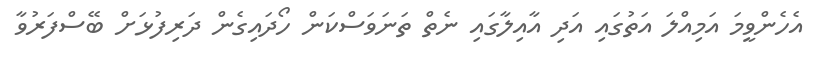
އެހެންވީމަ އަމިއްލަ އަތުގައި އަދި އާއިލާގައި ނެތް ތަނަވަސްކަން ހޯދައިގެން ދަރިފުޅަށް ބޭސްފަރުވާ